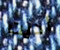
أديت